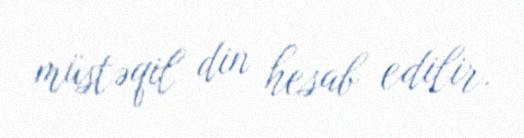
müstəqil din hesab edilir.